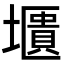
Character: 㙺